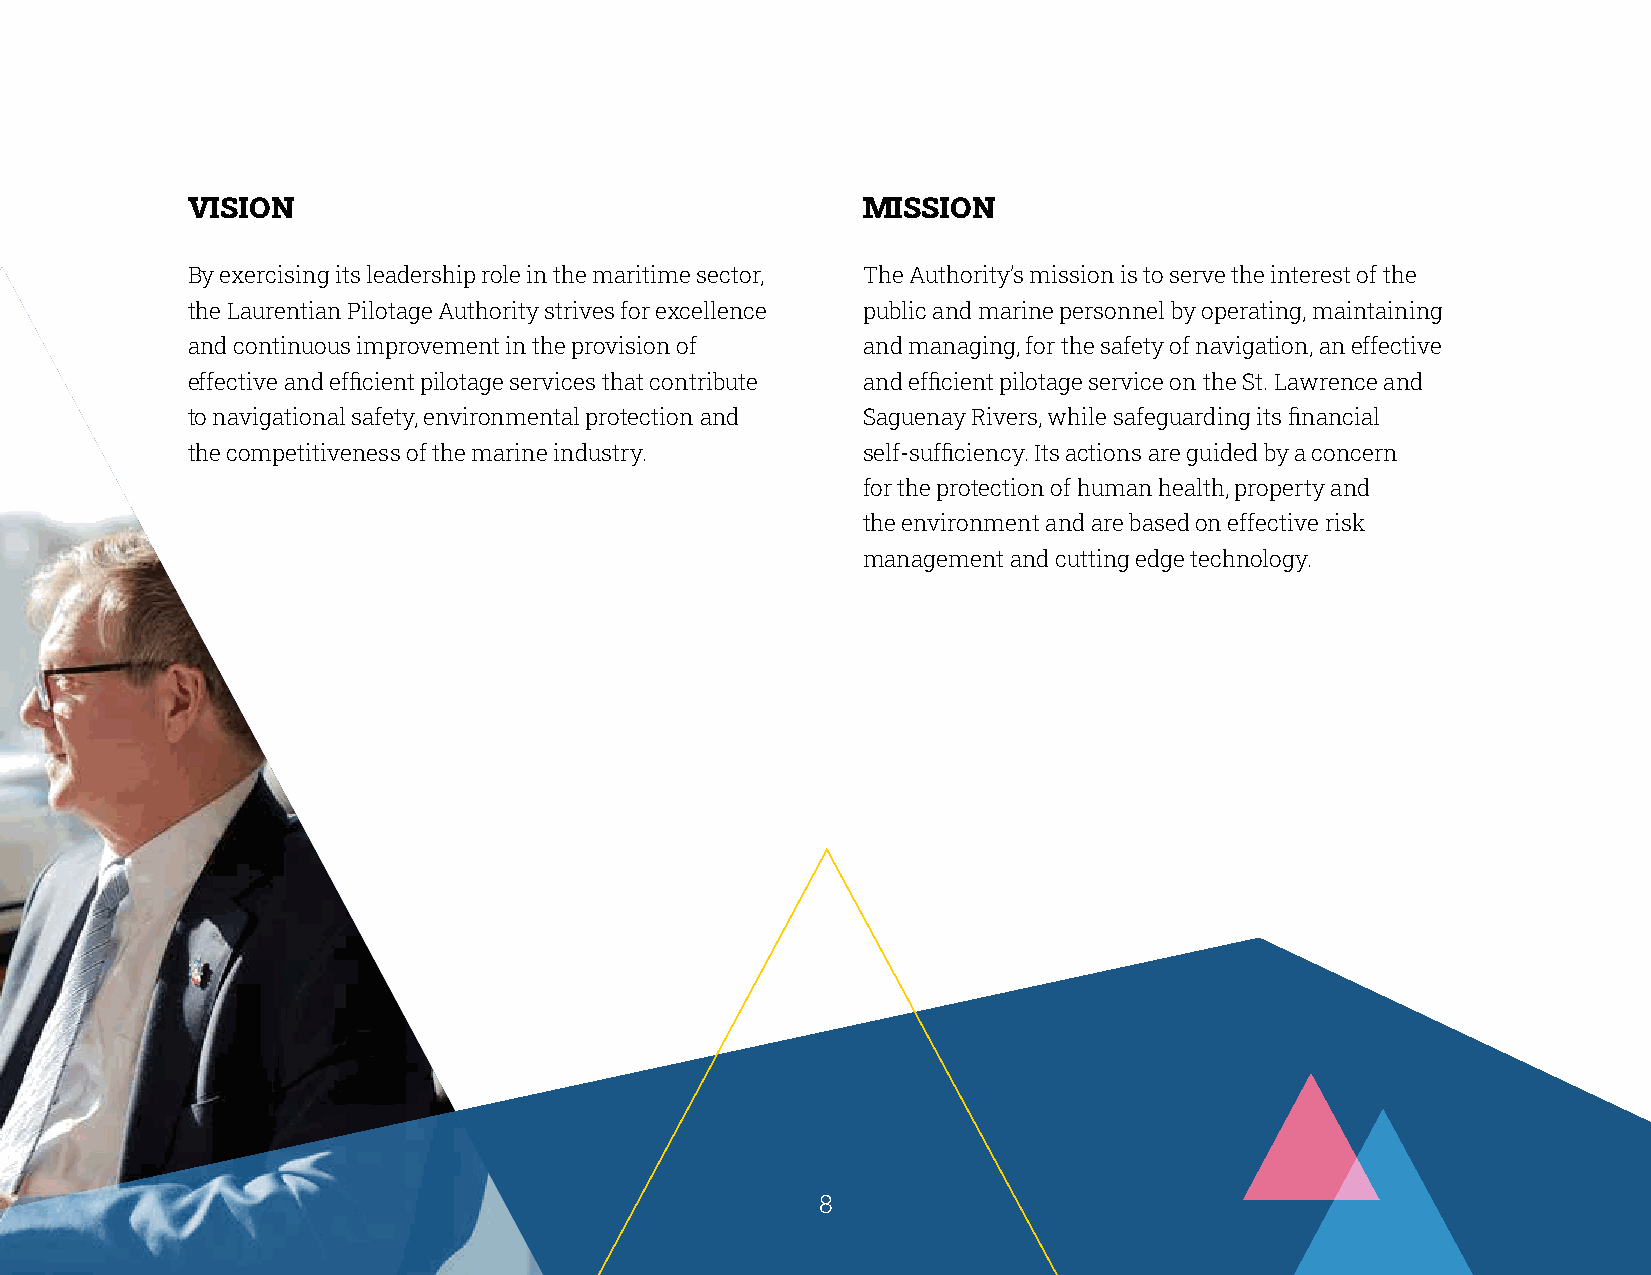
VISION                                       MISSION
 By exercising its leadership role in the maritime sector, The Authority’s mission is to serve the interest of the
 the Laurentian Pilotage Authority strives for excellence public and marine personnel by operating, maintaining
 and continuous improvement in the provision of and managing, for the safety of navigation, an effective
 effective and efficient pilotage services that contribute and efficient pilotage service on the St. Lawrence and
 to navigational safety, environmental protection and Saguenay Rivers, while safeguarding its financial
 the competitiveness of the marine industry.  self-sufficiency. Its actions are guided by a concern
 for the protection of human health, property and
 the environment and are based on effective risk
 management and cutting edge technology.
 888